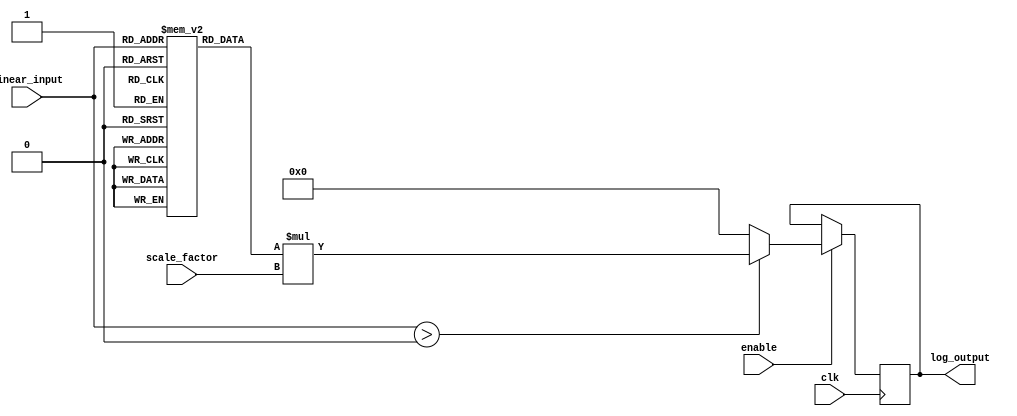
module LogarithmicScaling (
    input wire [7:0] linear_input, // 8-bit linear input
    input wire [3:0] scale_factor, // 4-bit scaling factor
    input wire clk,                // Clock signal
    input wire enable,             // Enable signal
    output reg [7:0] log_output    // 8-bit logarithmic output
);

    // Logarithm lookup table for simple log base 2 approximation
    reg [7:0] log_table [0:255]; 

    initial begin
        // Populate the logarithm lookup table
        // log2(1) = 0, log2(2) = 1, log2(3) = 1.585, ..., log2(255) = 7.994
        log_table[0] = 8'd0; // log(0) is undefined; can handle separately if needed
        log_table[1] = 8'd0;
        log_table[2] = 8'd1;
        log_table[3] = 8'd1;
        log_table[4] = 8'd2;
        // Populate the rest of the values as necessary...
        // For brevity, this is not fully populated; actual values can be calculated.
        // This can be replaced with actual log values calculated externally or stored.
        log_table[255] = 8'd7; // Placeholder value
    end

    always @(posedge clk) begin
        if (enable) begin
            // Ensure input is within bounds
            if (linear_input > 0) begin // log(0) is undefined
                log_output <= log_table[linear_input] * scale_factor; // Scale the logarithm
            end else begin
                log_output <= 8'd0; // Handle log(0) case
            end
        end
    end

endmodule